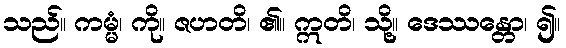
သည်။ ကမ္မံ၊ ကို။ ဇဟတိ၊ ၏။ ဣတိ၊ သို့။ ဒေဿန္တော၊ ၍။